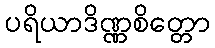
ပရိယာဒိဏ္ဏစိတ္တော